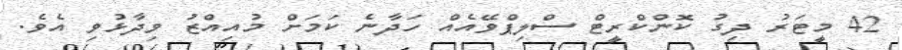
42 މީޓަރު ދިގު ކޮންކްރީޓް ސްލިޕްވޭއެއް ހަދާނެ ކަމަށް މުއިއްޒު ވިދާޅުވި އެވެ.